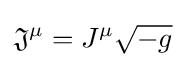
{\mathfrak {J}}^{\mu }=J^{\mu }{\sqrt {-g}}